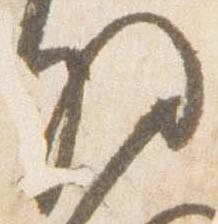
将